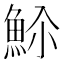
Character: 𬵊